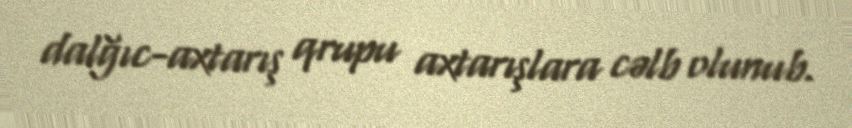
dalğıc-axtarış qrupu axtarışlara cəlb olunub.